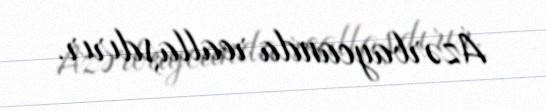
Azərbaycanda reallaşdırır.